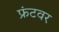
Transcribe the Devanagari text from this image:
फ्रंटवर